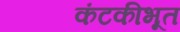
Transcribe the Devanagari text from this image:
कंटकीभूत